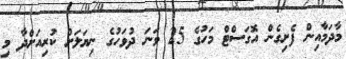
މާދަމާއިން ފެށިގެން އޮގަސްޓް މަހުގެ 25 ވަނަ ދުވަހުގެ ނިޔަލަށް ކުރިއަށްދާ މި